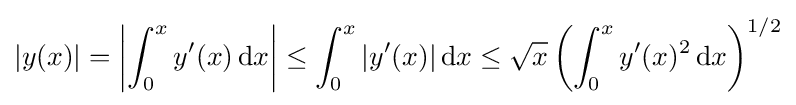
|y(x)|=\left|\int _{0}^{x}y'(x)\,\mathrm {d} x\right|\leq \int _{0}^{x}|y'(x)|\,\mathrm {d} x\leq {\sqrt {x}}\left(\int _{0}^{x}y'(x)^{2}\,\mathrm {d} x\right)^{1/2}